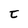
Character: t